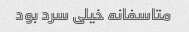
متاسفانه خیلی سرد بود